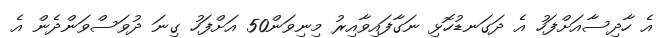
އެ ހާދިސާއަށްފަހު އެ ދަގަނޑުހޮޅި ނަގާފައިވާއިރު މިނިވަން50 އަށްފަހު ގިނަ ދުވަސްވަންދެން އެ